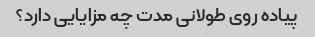
پیاده روی طولانی مدت چه مزایایی دارد؟